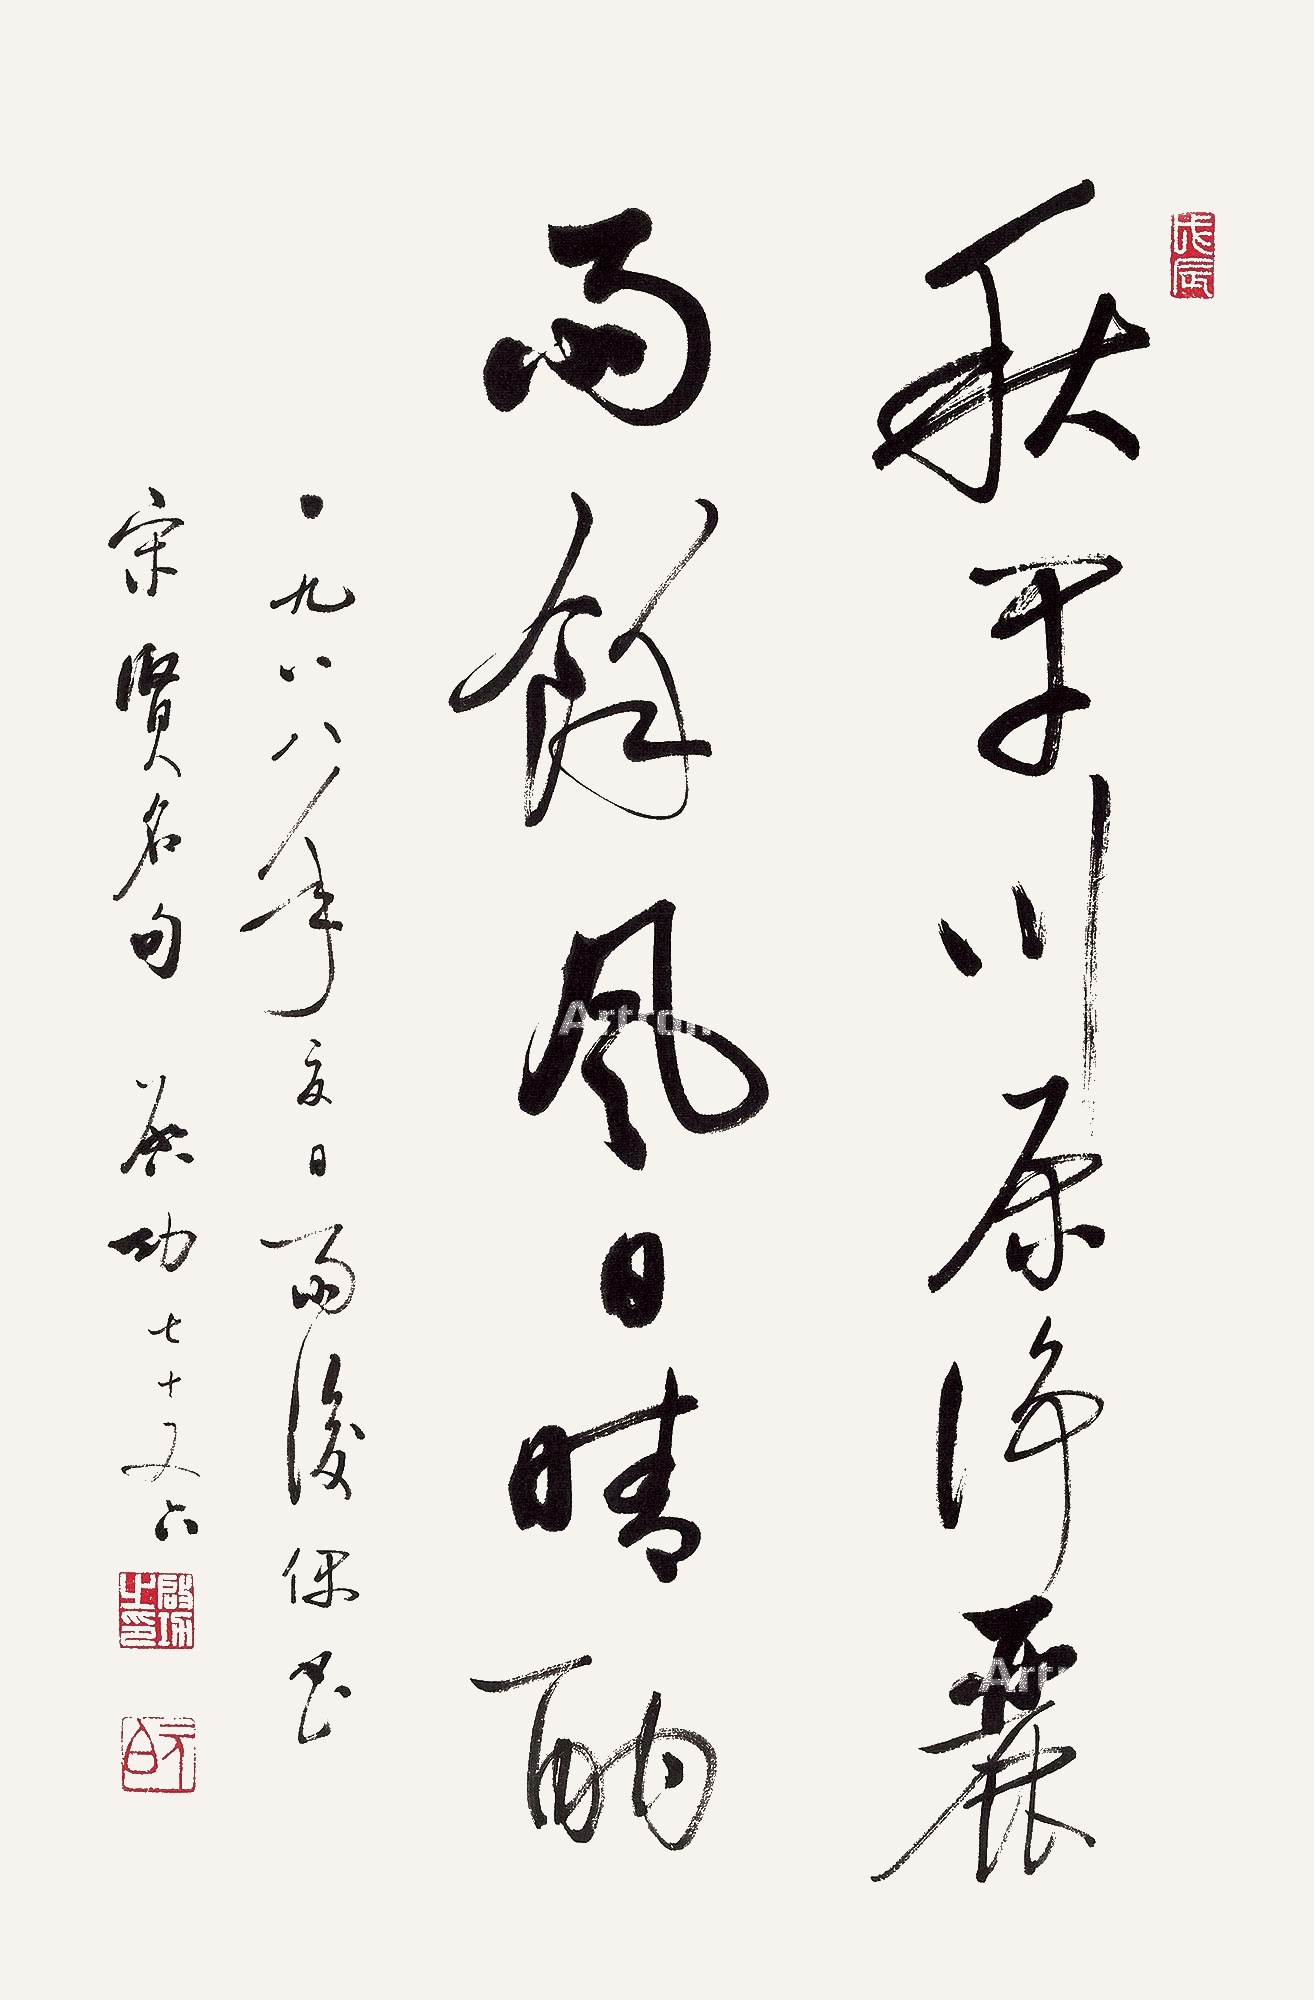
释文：秋早川原净丽，雨余风日晴酣。一九八八年夏日雨后，偶书宋贤名句。启功七十又六。